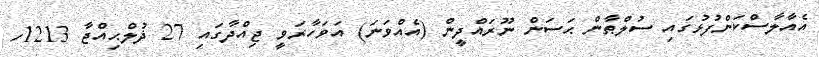
އެއާލާސްކަންފުޅުގައި ސުލްޠާން ޙަސަން ނޫރައްދީން (އެއްވަނަ) އަވަހާރަވީ ޖިއްދާގައި 27 ޛުލްޙިއްޖާ 1213ހ